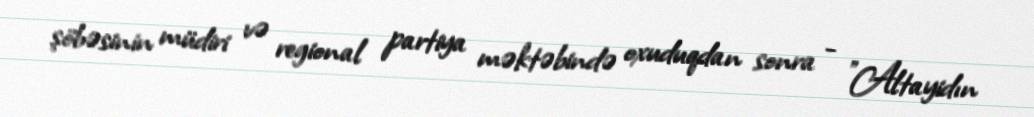
şöbəsinin müdiri və regional partiya məktəbində oxuduqdan sonra - "Altayidın